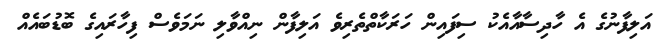
އަލިފާނުގެ އެ ހާދިސާއާއެކު ސިފައިން ހަރަކާތްތެރިވެ އަލިފާން ނިއްވާލި ނަމަވެސް ފިހާރައިގެ ބޮޑުބައެއް